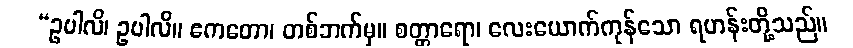
“ဥပါလိ၊ ဥပါလိ။ ဧကတော၊ တစ်ဘက်မှ။ စတ္တာရော၊ လေးယောက်ကုန်သော ရဟန်းတို့သည်။